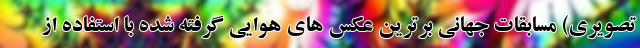
تصویری) مسابقات جهانی برترین عکس های هوایی گرفته شده با استفاده از